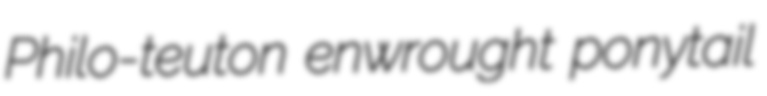
Philo-teuton enwrought ponytail